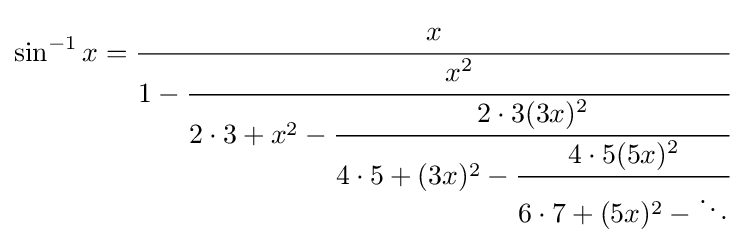
\sin ^{-1}x={\cfrac {x}{1-{\cfrac {x^{2}}{2\cdot 3+x^{2}-{\cfrac {2\cdot 3(3x)^{2}}{4\cdot 5+(3x)^{2}-{\cfrac {4\cdot 5(5x)^{2}}{6\cdot 7+(5x)^{2}-\ddots }}}}}}}}